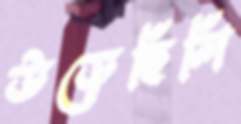
উড়েছিলি